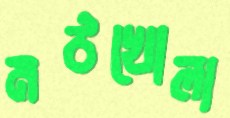
মঠখোলা